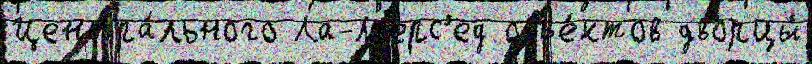
Центра́льного Ла-М'ерс'ед объе́ктов дворцы́